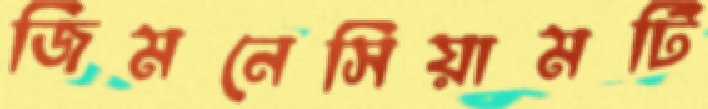
জিমনেসিয়ামটি